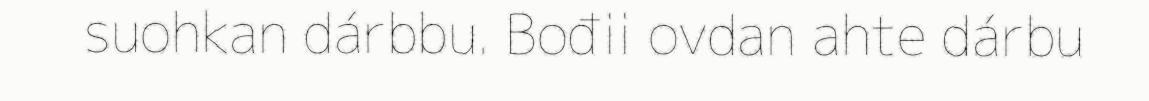
suohkan dárbbu. Bođii ovdan ahte dárbu